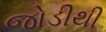
જોડીથી